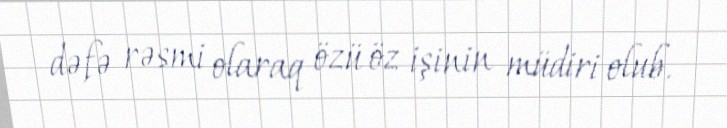
dəfə rəsmi olaraq özü öz işinin müdiri olub.